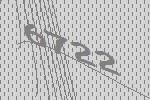
6722